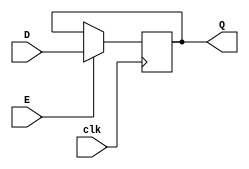
module D_Flip_Flop (
    input D, E, clk,
    output reg Q
);
    always @(posedge clk) begin
        if (E)
           Q <= D; 
    end
endmodule